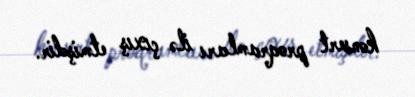
konsert proqramları ilə çıxış etmişdir.